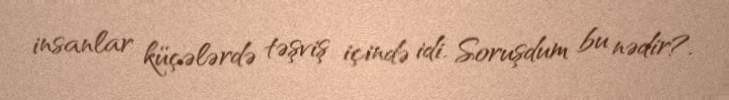
insanlar küçələrdə təşviş içində idi. Soruşdum bu nədir?.